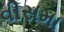
વીસમા